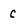
Character: C